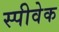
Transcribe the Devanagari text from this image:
स्पीवेक